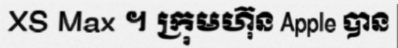
XS Max ។ ក្រុមហ៊ុន Apple បាន